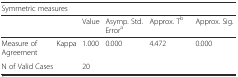
<table><thead><tr><td colspan="6"><b>Symmetric measures</b></td></tr><tr><td colspan="2"></td><td><b>Value</b></td><td><b>Asymp. Std. Error<sup>a</sup></b></td><td><b>Approx. T<sup>b</sup></b></td><td><b>Approx. Sig.</b></td></tr></thead><tbody><tr><td>Measure of Agreement</td><td>Kappa</td><td>1.000</td><td>0.000</td><td>4.472</td><td>0.000</td></tr><tr><td colspan="2">N of Valid Cases</td><td>20</td><td></td><td></td><td></td></tr></tbody></table>